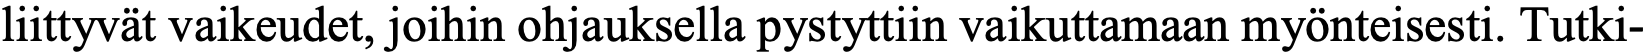
liittyvät vaikeudet, joihin ohjauksella pystyttiin vaikuttamaan myönteisesti. Tutki-